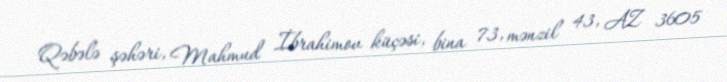
Qəbələ şəhəri, Mahmud İbrahimov küçəsi, bina 73, mənzil 43, AZ 3605